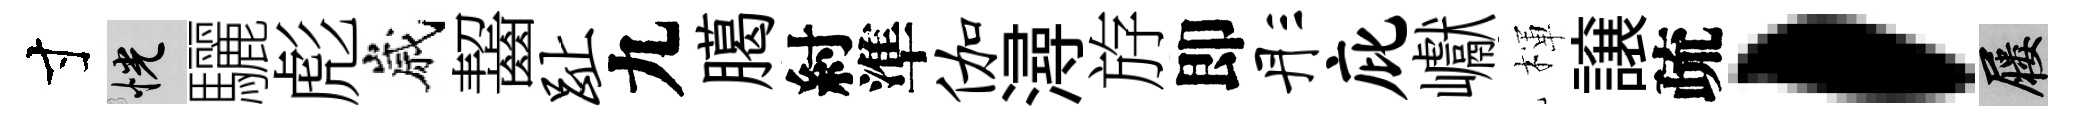
寸恍驪彪嵗齧趾九臈紂準伽潯斿即彤庇巘楎譲疏，屨